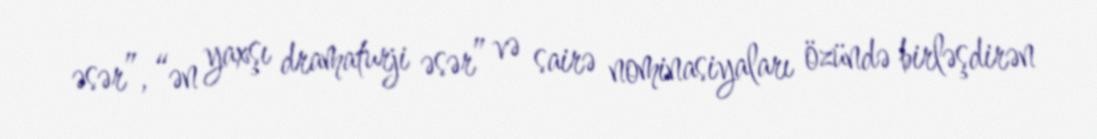
əsər”, “ən yaxşı dramaturji əsər” və sairə nominasiyaları özündə birləşdirən